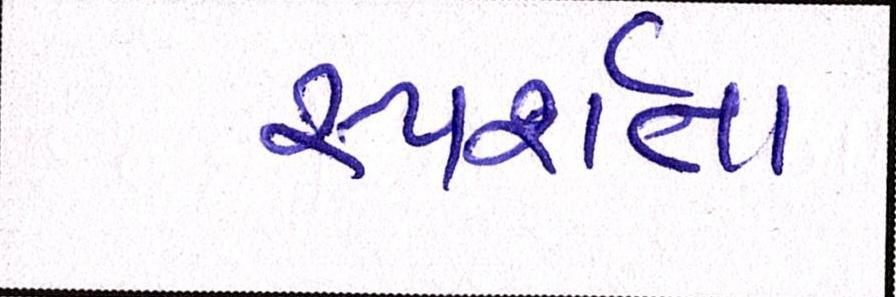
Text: સ્પર્શતા